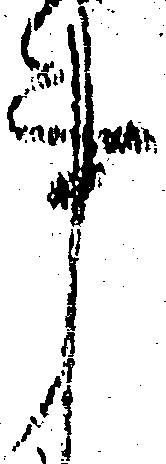
事